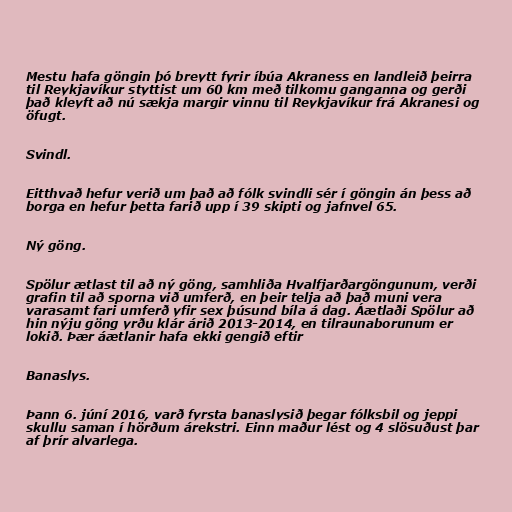
Mestu hafa göngin þó breytt fyrir íbúa Akraness en landleið þeirra
til Reykjavíkur styttist um 60 km með tilkomu ganganna og gerði
það kleyft að nú sækja margir vinnu til Reykjavíkur frá Akranesi og
öfugt.

Svindl.

Eitthvað hefur verið um það að fólk svindli sér í göngin án þess að
borga en hefur þetta farið upp í 39 skipti og jafnvel 65.

Ný göng.

Spölur ætlast til að ný göng, samhliða Hvalfjarðargöngunum, verði
grafin til að sporna við umferð, en þeir telja að það muni vera
varasamt fari umferð yfir sex þúsund bíla á dag. Áætlaði Spölur að
hin nýju göng yrðu klár árið 2013-2014, en tilraunaborunum er
lokið. Þær áætlanir hafa ekki gengið eftir

Banaslys.

Þann 6. júní 2016, varð fyrsta banaslysið þegar fólksbil og jeppi
skullu saman í hörðum árekstri. Einn maður lést og 4 slösuðust þar
af þrír alvarlega.